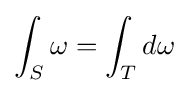
\int _{S}\omega =\int _{T}d\omega